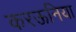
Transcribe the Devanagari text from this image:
करऊनिया